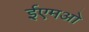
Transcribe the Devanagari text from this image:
ईएमओ